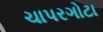
ચાપરગોટા